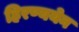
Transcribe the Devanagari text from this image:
हिरण्ययेन